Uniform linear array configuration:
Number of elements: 8
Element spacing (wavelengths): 0.5
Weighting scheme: hamming
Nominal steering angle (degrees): -15
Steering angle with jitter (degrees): -13.341
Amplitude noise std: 0.05
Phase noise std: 0.05

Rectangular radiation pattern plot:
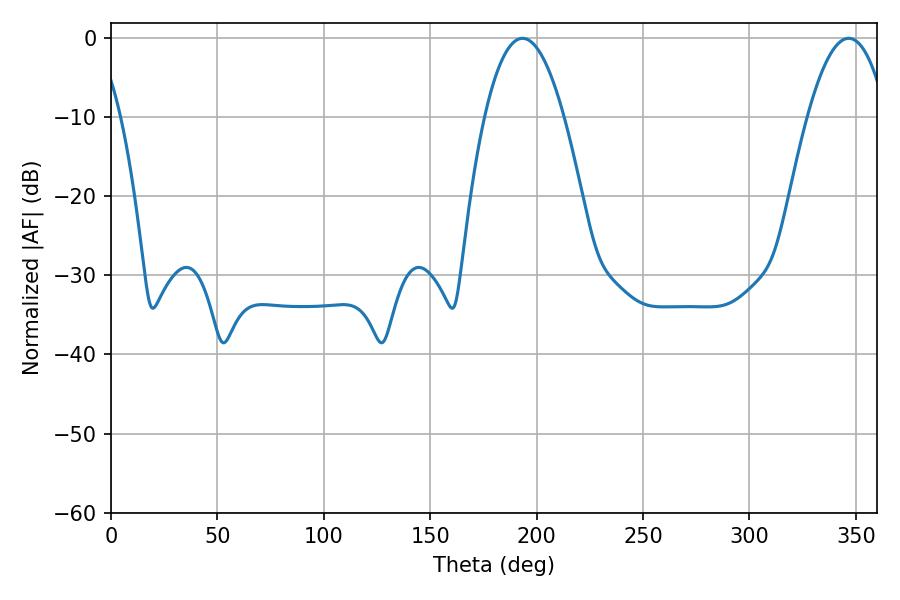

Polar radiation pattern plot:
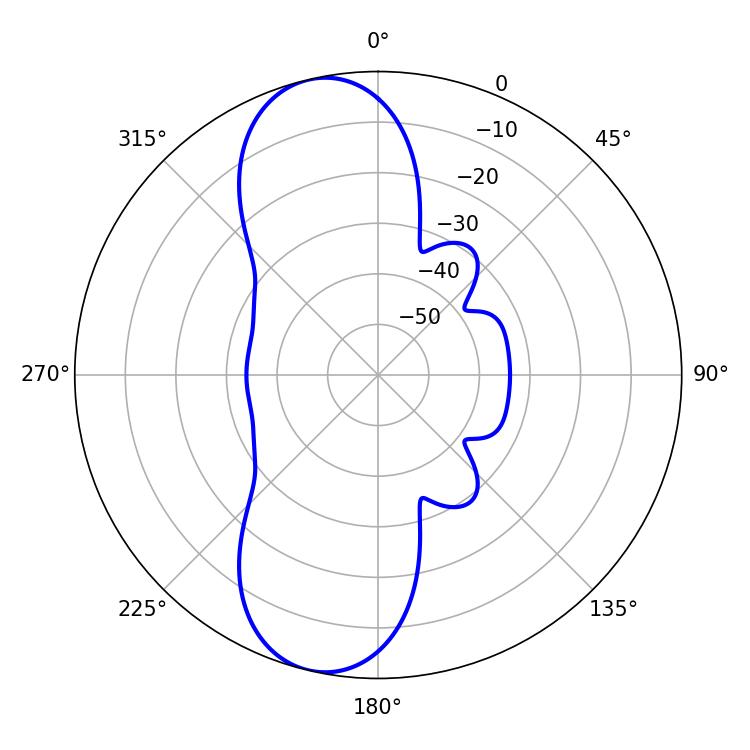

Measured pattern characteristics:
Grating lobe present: FALSE
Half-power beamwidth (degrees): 20.52
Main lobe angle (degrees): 193.32